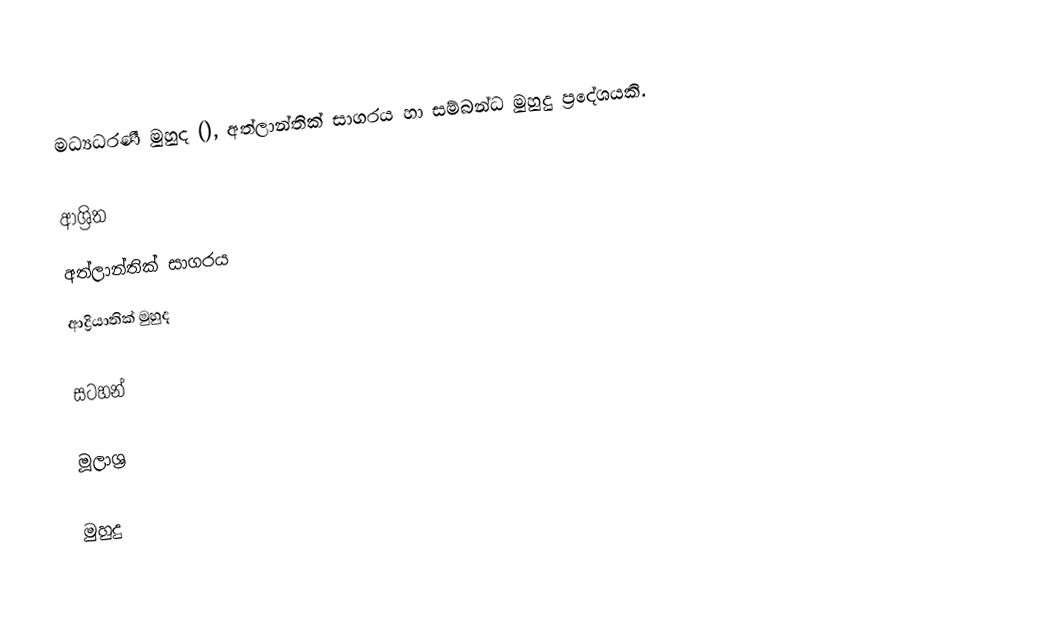
මධ්‍යධරණී මුහුද (), අත්ලාන්තික් සාගරය හා සම්බන්ධ මුහුදු ප්‍රදේශයකි.

ආශ්‍රිත
 අත්ලාන්තික් සාගරය
 ආද්‍රියාතික් මුහුද

සටහන්

මූලාශ්‍ර

මුහුදු